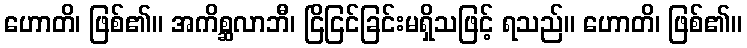
ဟောတိ၊ ဖြစ်၏။ အကိစ္ဆလာဘီ၊ ငြိငြင်ခြင်းမရှိသဖြင့် ရသည်။ ဟောတိ၊ ဖြစ်၏။